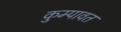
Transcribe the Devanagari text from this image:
कुम्पावत